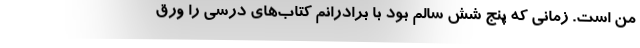
من است. زمانی که پنج شش سالم بود با برادرانم کتاب‌های درسی را ورق